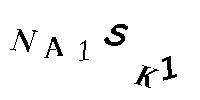
NA1SK1